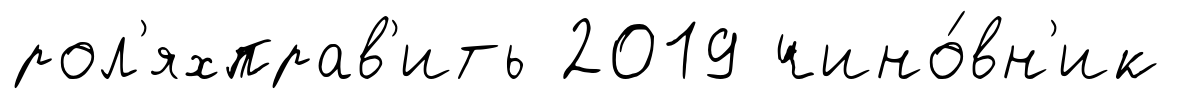
рол'яхправ'ить 2019 чино́вн'ик